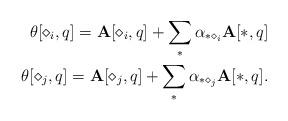
LaTeX: \begin{align*} \mathbf{\theta}[\diamond_i, q]= \mathbf{A}[\diamond_i, q] + \sum_{*}{\alpha_{* \diamond_i} \mathbf{A}[*, q]} \\ \mathbf{\theta}[\diamond_j, q]= \mathbf{A}[\diamond_j, q] + \sum_{*}{\alpha_{* \diamond_j} \mathbf{A}[*, q]}. \end{align*}